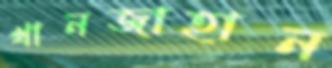
খানজাহান